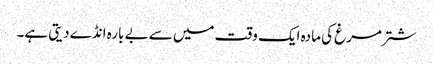
شتر مرغ کی مادہ ایک وقت میں سے بے بارہ انڈے دیتی ہے۔